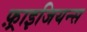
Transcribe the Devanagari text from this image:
फ़्राइजियन्स